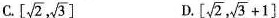
C. \left[ \sqrt{2}, \sqrt{3} \right] D. \left[ \sqrt{2}, \sqrt{3}+1 \right]